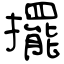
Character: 擺